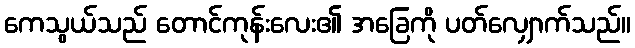
ကေသွယ်သည် တောင်ကုန်းလေး၏ အခြေကို ပတ်လျှောက်သည်။